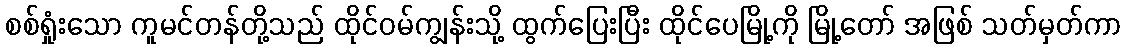
စစ်ရှုံးသော ကူမင်တန်တို့သည် ထိုင်ဝမ်ကျွန်းသို့ ထွက်ပြေးပြီး ထိုင်ပေမြို့ကို မြို့တော် အဖြစ် သတ်မှတ်ကာ